画像に写った文字を読んでください
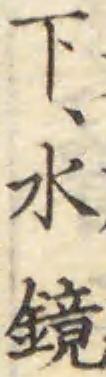
「下、水鏡」と書いてあります